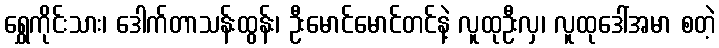
ရွှေကိုင်းသား၊ ဒေါက်တာသန်းထွန်း၊ ဦးမောင်မောင်တင်နဲ့ လူထုဦးလှ၊ လူထုဒေါ်အမာ စတဲ့